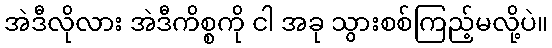
အဲဒီလိုလား အဲဒီကိစ္စကို ငါ အခု သွားစစ်ကြည့်မလို့ပဲ။